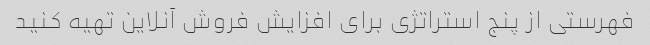
فهرستی از پنج استراتژی برای افزایش فروش آنلاین تهیه کنید